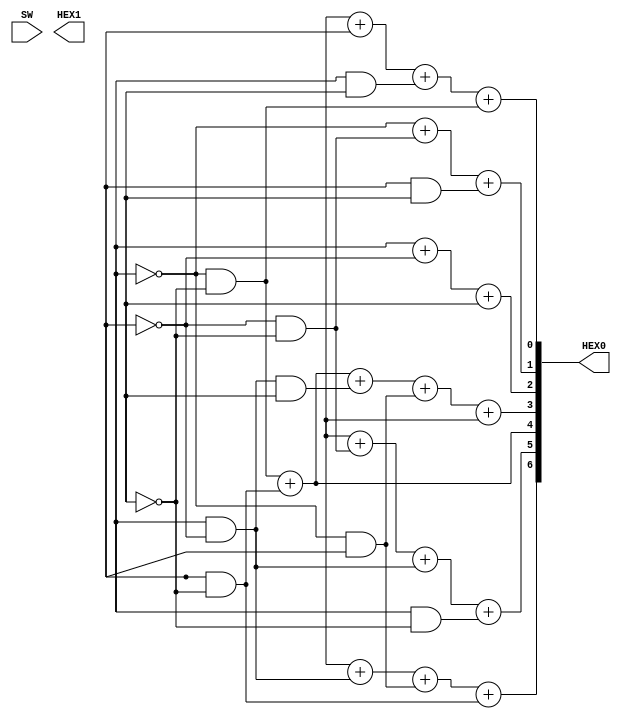
module part2(SW, HEX0, HEX1);
	input [3:0] SW;
	output [6:0] HEX0;
	output [6:0] HEX1;
	assign HEX0[0] = A + C + (B&D) + (~B&~D);
	assign HEX0[1] = ~B + (~C&~D) + (C&D);
	assign HEX0[2] = B + ~C + D;
	assign HEX0[3] = (~B&~D) + (C&~D) + (B&~C&D) + (~B&C) + A;
	assign HEX0[4] = (~B&~D) + (C&~D);
	assign HEX0[5] = A + (~C&~D) + (B&~C) + (B&~D);
	assign HEX0[6] = A + (B&~C) + (~B&C) + (C&~D);
endmodule